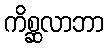
ကိစ္ဆလာဘာ